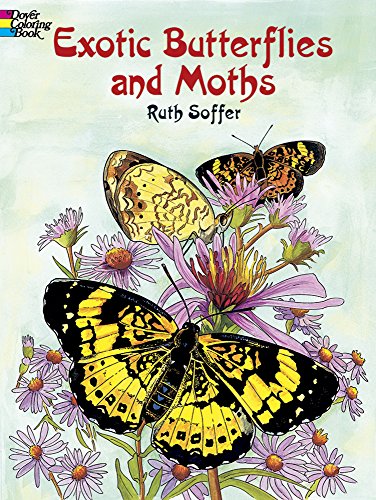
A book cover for Exotic Butterflies and Moths (Dover Nature Coloring Book); Ruth Soffer; Children's Books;